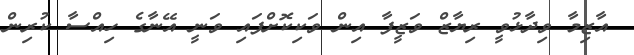
އާޒިމާ ވިދާޅުވީ ރިޔާޒް ވަޒީފާ އިން ވަކިކޮށްފައި ވަނީ އޭނާގެ ހިއްސާ ކުރިން